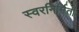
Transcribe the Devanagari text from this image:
स्वरनिर्मिती